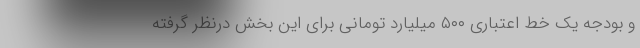
و بودجه یک خط اعتباری ۵۰۰ میلیارد تومانی برای این بخش درنظر گرفته